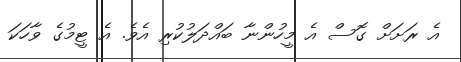
އެ ރަށަށް ގޮސް އެ މީހުންނާ ބައްދަލުކުރި އެވެ. އެ ޓީމުގެ ވާހަކަ